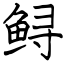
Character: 鲟